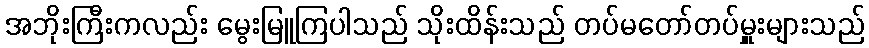
အဘိုးကြီးကလည်း မွေးမြူကြပါသည် သိုးထိန်းသည် တပ်မတော်တပ်မှူးများသည်